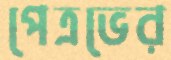
পেত্রভের